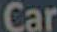
Car